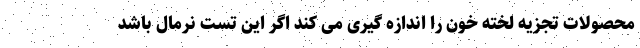
محصولات تجزیه لخته خون را اندازه گیری می کند اگر این تست نرمال باشد